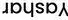
Yashar